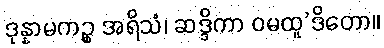
ဒုန္နာမကဉ္စ အရိသံ၊ ဆဒ္ဒိကာ ဝမထူ’ဒိတော။